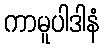
ကာမူပါဒါနံ